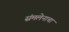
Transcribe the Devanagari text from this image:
संमलेनाचा